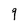
Character: 9